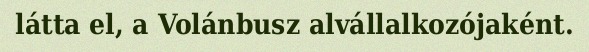
látta el, a Volánbusz alvállalkozójaként.